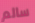
سالم